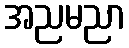
အညမညာ